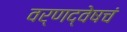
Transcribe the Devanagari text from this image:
वर्णद्वेषचं